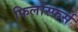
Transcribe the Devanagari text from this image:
फिलोस्फर्स